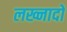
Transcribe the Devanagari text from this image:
लख्नादों